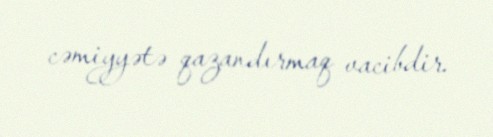
cəmiyyətə qazandırmaq vacibdir.